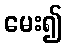
မေး၍